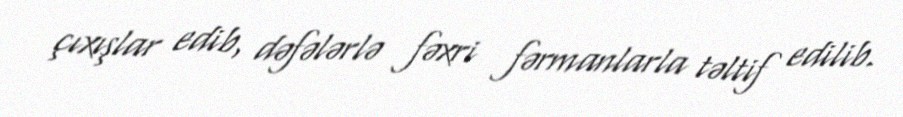
çıxışlar edib, dəfələrlə fəxri fərmanlarla təltif edilib.